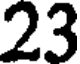
23